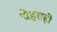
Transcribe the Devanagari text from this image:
चेहराही